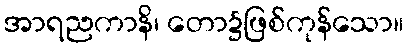
အာရညကာနိ၊ တော၌ဖြစ်ကုန်သော။